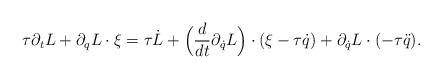
LaTeX: \begin{align*} \tau\partial_t L +\partial_q L\cdot \xi =\tau\dot L+ \Bigl(\frac{d}{dt}\partial_{\dot q} L\Bigr)\cdot(\xi-\tau \dot q)+ \partial_{\dot q} L\cdot(-\tau \ddot q).\end{align*}